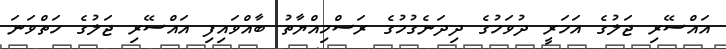
އައްސޭރި ޖަލުގެ އަހަރީ ދުވަހުގެ ދިދަނެގުމުގެ ރަސްމިއްޔާތު ބާއްވައިފި އައްސޭރި ޖަލުގެ ހަތްވަނަ